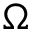
\Omega